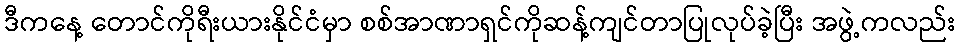
ဒီကနေ့ တောင်ကိုရီးယားနိုင်ငံမှာ စစ်အာဏာရှင်ကိုဆန့်ကျင်တာပြုလုပ်ခဲ့ပြီး အဖွဲ့ကလည်း